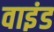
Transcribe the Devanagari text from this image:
वाइंड